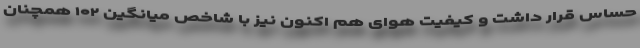
حساس قرار داشت و کیفیت هوای هم اکنون نیز با شاخص میانگین ۱۰۲ همچنان